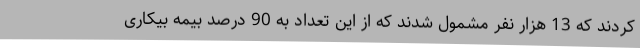
کردند که 13 هزار نفر مشمول شدند که از این تعداد به 90 درصد بیمه بیکاری